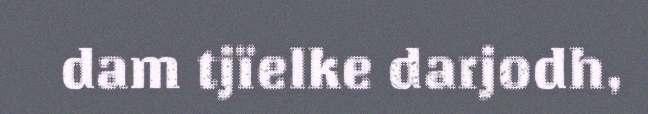
dam tjïelke darjodh,